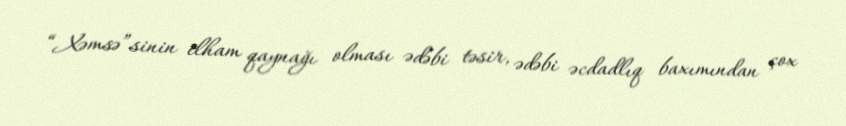
“Xəmsə”sinin ilham qaynağı olması ədəbi təsir, ədəbi əcdadlıq baxımından çox